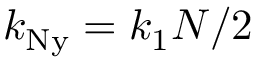
k _ { \mathrm { N y } } = k _ { 1 } N / 2